Document type: Sale
Year: 1326
Scribe: Bartomeu Marc
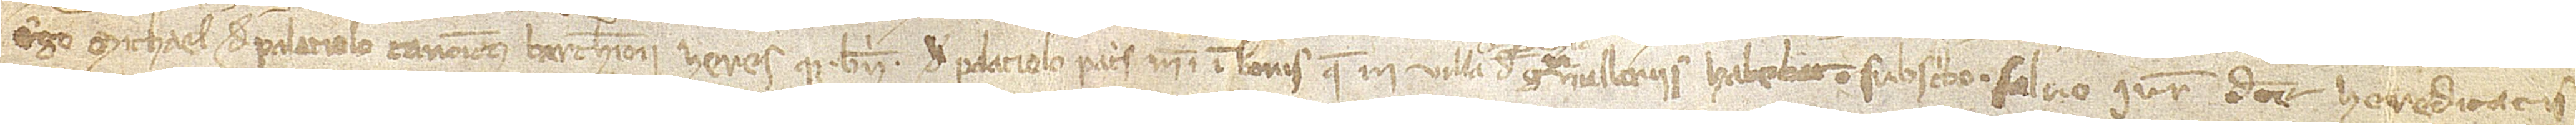
Ego Michael de Palaciolo, canonicus Barchinonensi heresque Bn. de Palaciolo, patris mei, in bonis que in villa Granullariis habebat, subscribo, salvo iure dicte hereditatis.